Civil Veterinary Department. United Provinces 1912-22 - 1912-1922
Year: 1912
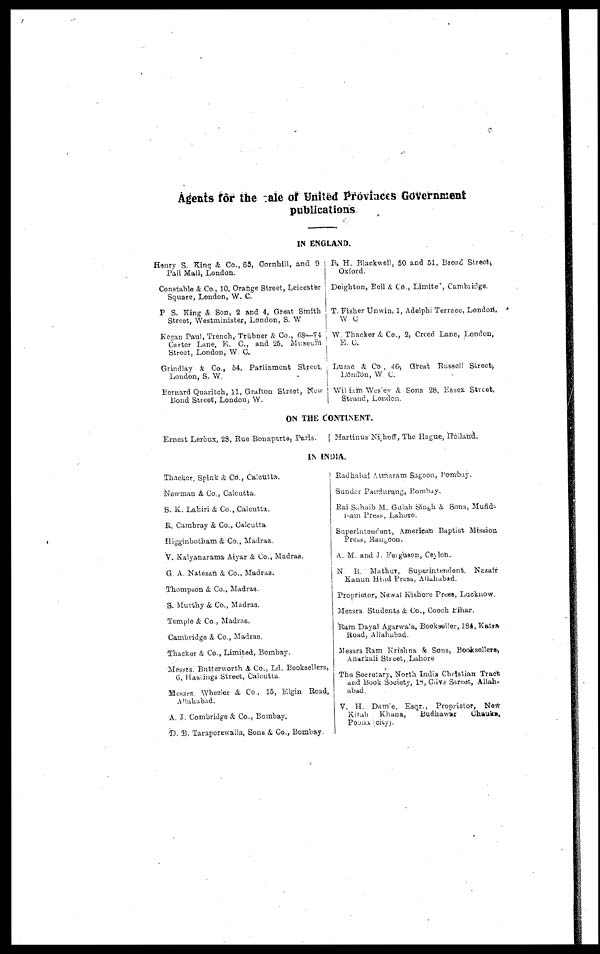
Agents for the cale of United Provinces Government
publications
IN ENGLAND.
Honry S. King & Co., 65, Cornhill, and 9
Pall Mall, London.
Constable & Co., 10, Orange Street, Leicester
Square, London, W. C.
P S. King & Son, 2 and 4, Great Smith
Street, Westminister, London, S. W
Kegan Paul, Trench, Trübner & Co., 68-74
Carter Lane, E. C, and 25, Museum
Street, London, W. C.
Grindlay & Co., 54, Parliament Street,
London, S. W.
Bernard Quaritch, 11, Grafton Street, New
Bond Street, London, W.
B. H. Blackwell, 50 and 51, Broad Street,
Oxford.
Deighton, Bell & Co., Limite , Cambridge.
T. Fisher Unwin, 1, Adelphi Terrace, London,
W C
W. Thacker & Co., 2, Creed Lane, London,
E. C.
Luzac & Co , 46, Great Russell Street,
London, W. C.
William Westev & Sons 28, Essex Street,
Strand, London.
ON THE CONTINENT.
Ernest Leróux, 28, Rue Bonaparte, Paris.
Martinus Nijhoff, The Hague, Hoiland.
IN INDIA.
Thacker, Spink & Co., Calcutta.
Newman & Co., Calcutta.
S. K. Lahiri & Co., Calcutta.
R. Cambray & Co., Calcutta.
Higginbotham & Co., Madras.
V. Kalyanarama Aiyar & Co., Madras.
G. A. Natesan & Co., Madras.
Thompson & Co., Madras.
S. Murthy & Co., Madras.
Temple & Co., Madras.
Cambridge & Co., Madras.
Thacker & Co., Limited, Bombay.
Messrs. Butterworth & Co., Ld. Booksellers,
6, Hastings Street, Calcutta.
Messrs, Wheeler & Co., 15, Elgin Road,
Allahabad.
A. J. Cambridge & Co., Bombay.
D. B. Taraporewalla, Sons & Co., Bombay.
Radhabai Atmaram Sagoon, Bombay.
Sander Pandurang, Bombay.
Rai Sahaib M. Gulab Singh & Sons, Mufid-
i-am Press, Lahore.
Superintendent, American Baptist Mission
Press, Rangoon.
A. M. and J. Feiguson, Ceylon.
N. B. Mathur, Superintendent, Nazair
Kanun Hind Press, Allahabad.
Proprietor, Newal Kishore Press, Lucknow.
Messrs Students & Co., Cooch Eihar.
Ram Dayal Agarwala, Bookseller, 184, Katra
Road, Allahabad.
Messrs Ram Krishna & Sons, Booksellers,
Anarkali Street, Lahore
The Secretary, North India Christian Tract
and Book Society, 18, Clive Street, Allah-
abad.
V. H. Dam'e, Esqr., Proprietor, New-
Kitab Khana,
Budhawar
Chauke,
Poona city).